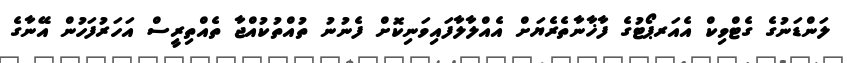
ލަންޑަނުގެ ގެޓްވިކް އެއަރޕޯޓުގެ ފާޚާނާތެރެޔަށް އެއްލާލާފައިވަނިކޮށް ފެނުނު ތުއްތުކުއްޖާ ތެއްތިރީސް އަހަރުފަހުން އޭނާގެ